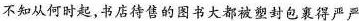
不知从何时起，书店待售的图书大都被塑封包裹得严严